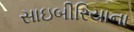
સાઇબીરિયાના